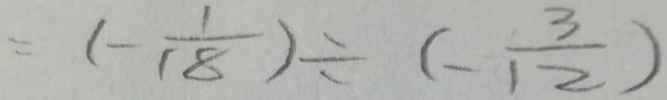
= ( - \frac { 1 } { 1 8 } ) \div ( - \frac { 3 } { 1 2 } )